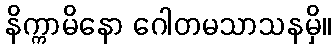
နိက္ကာမိနော ဂေါတမသာသနမှိ။